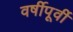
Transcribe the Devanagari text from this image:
वर्षीपूर्वी